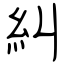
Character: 糾